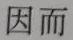
因而